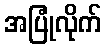
အပြုံလိုက်